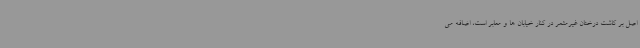
اصل بر کاشت درختان غیرمثمر در کنار خیابان ها و معابر است، اضافه می